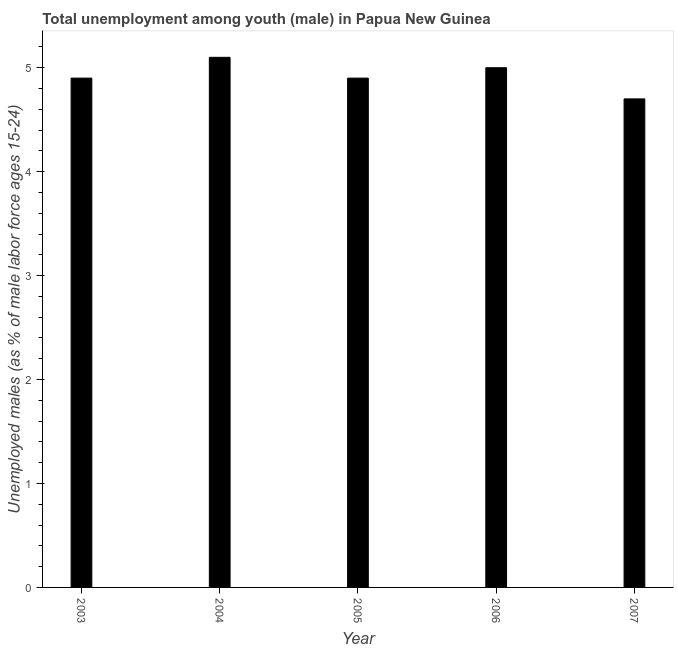
| Year | Unemployment |
 | --- | --- |
 | 2003 | 4.9 |
 | 2004 | 5.1 |
 | 2005 | 4.9 |
 | 2006 | 5 |
 | 2007 | 4.7 |